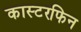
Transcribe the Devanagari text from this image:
कास्टरफिन